Civil Veterinary Dept. North-West Frontier Province 1901-22 - 1901-1922
Year: 1901
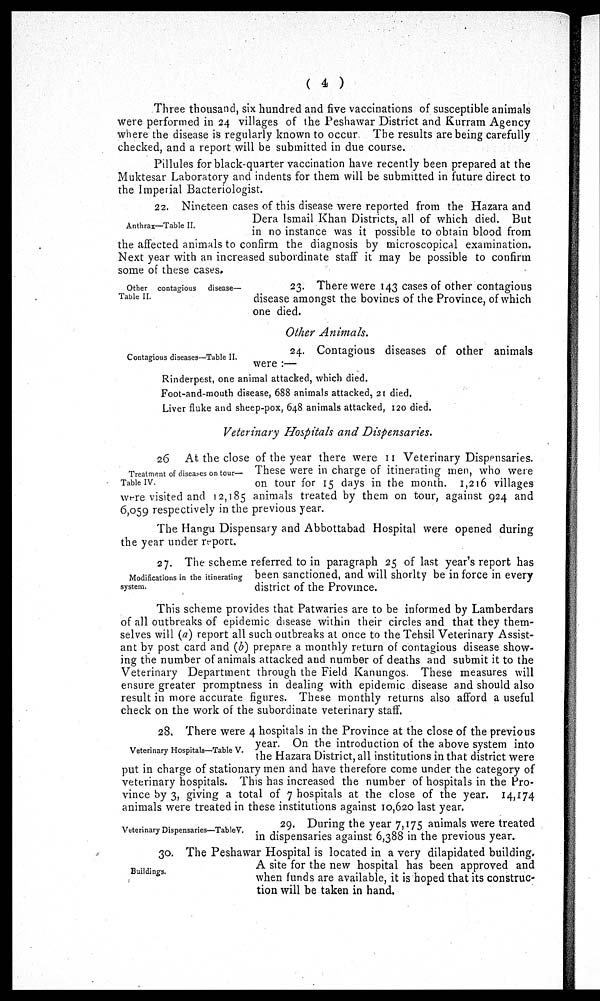
( 4 )
Three thousand, six hundred and five vaccinations of susceptible animals
were performed in 24 villages of the Peshawar District and Kurram Agency
where the disease is regularly known to occur. The results are being carefully
checked, and a report will be submitted in due course.
Pillules for black-quarter vaccination have recently been prepared at the
Muktesar Laboratory and indents for them will be submitted in future direct to
the Imperial Bacteriologist.
Anthrax—Table II.
22. Nineteen cases of this disease were reported from the Hazara and
Dera Ismail Khan Districts, all of which died. But
in no instance was it possible to obtain blood from
the affected animals to confirm the diagnosis by microscopical examination.
Next year with an increased subordinate staff it may be possible to confirm
some of these cases.
Other contagious
disease—
Table II.
23. There were 143 cases of other contagious
disease amongst the bovines of the Province, of which
one died.
Other Animals.
Contagious diseases—Table II.
24. Contagious diseases of other animals
were :—
Rinderpest, one animal attacked, which died.
Foot-and-mouth disease, 688 animals attacked, 21 died.
Liver fluke and sheep-pox, 648 animals attacked, 120 died.
Veterinary Hospitals and Dispensaries.
Treatment of diseases on tour—
Table IV.
26 At the close of the year there were 11 Veterinary Dispensaries.
These were in charge of itinerating men, who were
on tour for 15 days in the month. 1,216 villages
were visited and 12,185 animals treated by them on tour, against 924 and
6,059 respectively in the previous year.
The Hangu Dispensary and Abbottabad Hospital were opened during
the year under report.
Modifications in the itinerating
system.
27. The scheme referred to in paragraph 25 of last year's report has
been sanctioned, and will shorlty be in force in every
district of the Province.
This scheme provides that Patwaries are to be informed by Lamberdars
of all outbreaks of epidemic disease within their circles and that they them-
selves will (a) report all such outbreaks at once to the Tehsil Veterinary Assist-
ant by post card and (b) prepare a monthly return of contagious disease show-
ing the number of animals attacked and number of deaths and submit it to the
Veterinary Department through the Field Kanungos. These measures will
ensure greater promptness in dealing with epidemic disease and should also
result in more accurate figures. These monthly returns also afford a useful
check on the work of the subordinate veterinary staff.
Veterinary Hospitals—Table V.
28. There were 4 hospitals in the Province at the close of the previous
year. On the introduction of the above system into
the Hazara District, all institutions in that district were
put in charge of stationary men and have therefore come under the category of
veterinary hospitals. This has increased the number of hospitals in the Pro-
vince by 3, giving a total of 7 hospitals at the close of the year. 14,174
animals were treated in these institutions against 10,620 last year.
Veterinary Dispensaries—TableV.
29. During the year 7,175 animals were treated
in dispensaries against 6,388 in the previous year.
Buildings.
30. The Peshawar Hospital is located in a very dilapidated building.
A site for the new hospital has been approved and
when funds are available, it is hoped that its construc-
tion will be taken in hand.